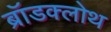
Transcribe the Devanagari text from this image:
ब्रॉडक्लोथ